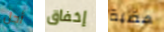
أجل إخفاق هضبة